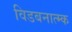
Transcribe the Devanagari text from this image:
विडबनात्म्क